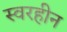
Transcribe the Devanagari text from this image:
स्वरहीन